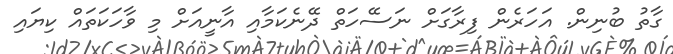
ގާތު ބުނިން. އަހަރެން ފިރާގަށް ނަސޭހަތް ދޭނެކަމާއި އާނީއަށް މި ވާހަކަތައް ކިޔައި